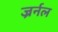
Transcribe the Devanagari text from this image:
ज्रर्नल